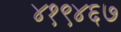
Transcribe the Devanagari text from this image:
४१९४६७